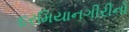
દરમિયાનગીરીનો